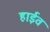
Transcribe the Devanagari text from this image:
हाईव